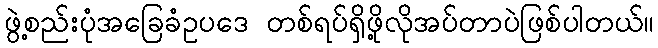
ဖွဲ့စည်းပုံအခြေခံဥပဒေ တစ်ရပ်ရှိဖို့လိုအပ်တာပဲဖြစ်ပါတယ်။